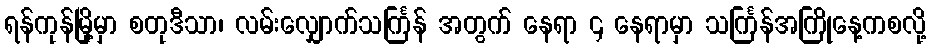
ရန်ကုန်မြို့မှာ စတုဒီသာ၊ လမ်းလျှောက်သင်္ကြန် အတွက် နေရာ ၄ နေရာမှာ သင်္ကြန်အကြိုနေ့ကစလို့